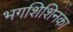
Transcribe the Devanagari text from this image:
भगशिशिनका